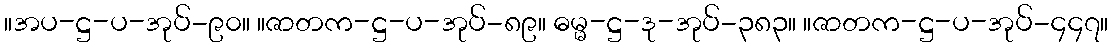
။အပ-ဋ္ဌ-ပ-အုပ်-၉၀။ ။ဇာတက-ဋ္ဌ-ပ-အုပ်-၈၉။ ဓမ္မ-ဋ္ဌ-ဒု-အုပ်-၃၈၃။ ။ဇာတက-ဋ္ဌ-ပ-အုပ်-၄၄၇။